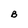
Character: B